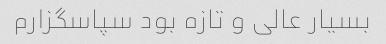
بسیار عالی و تازه بود سپاسگزارم